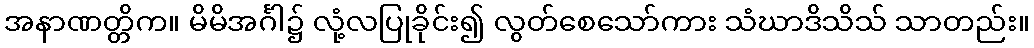
အနာဏတ္တိက။ မိမိအင်္ဂါ၌ လုံ့လပြုခိုင်း၍ လွတ်စေသော်ကား သံဃာဒိသိသ် သာတည်း။